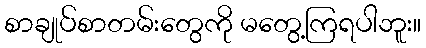
စာချုပ်စာတမ်းတွေကို မတွေ့ကြရပါဘူး။